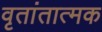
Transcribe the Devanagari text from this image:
वृतांतात्मक